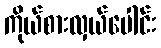
ကိုယ်စားလှယ်ပေါင်း